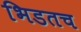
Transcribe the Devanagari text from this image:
भिडतच